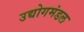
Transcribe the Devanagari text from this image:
उद्योगमंडल